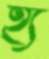
হ্য